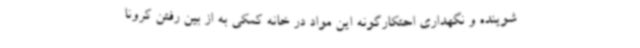
شوینده و نگهداری احتکارگونه این مواد در خانه کمکی به از بین رفتن کرونا